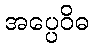
အပ္ပေဝိဓ